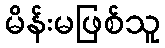
မိန်းမဖြစ်သူ